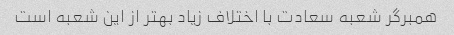
همبرگر شعبه سعادت با اختلاف زیاد بهتر از این شعبه است